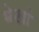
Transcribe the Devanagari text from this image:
मेखो